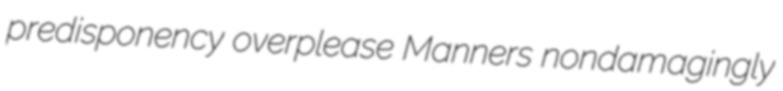
predisponency overplease Manners nondamagingly